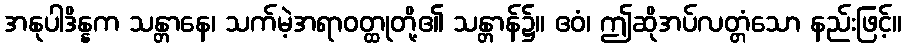
အနုပါဒိန္နက သန္တာနေ၊ သက်မဲ့အရာဝတ္ထုတို့၏ သန္တာန်၌။ ဧဝံ၊ ဤဆိုအပ်လတ္တံသော နည်းဖြင့်။